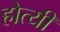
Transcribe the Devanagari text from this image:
होत्यी